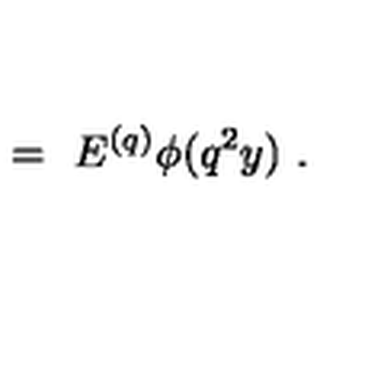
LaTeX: \ = \ E ^ { ( q ) } \phi ( q ^ { 2 } y ) \ .